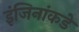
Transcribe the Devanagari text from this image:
इंजिनांकडे